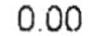
0.00